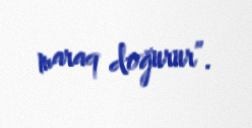
maraq doğurur”.